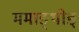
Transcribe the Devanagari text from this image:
ममाङ्थोङ्